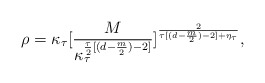
\begin{align*}\rho = \kappa_{\tau} [\frac{M}{\kappa_{\tau}^{\frac{\tau}{2}[(d - \frac{m}{2}) - 2]}}]^{\frac{2}{\tau[(d - \frac{m}{2}) - 2] + \eta_{\tau}}} ,\end{align*}